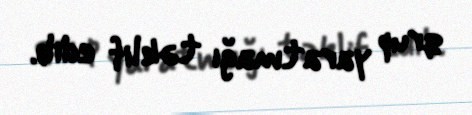
qrup yaratmağı təklif edib.